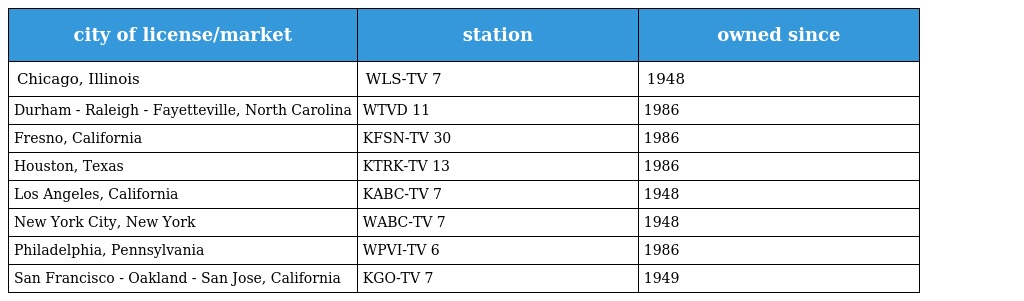
| city of license/market | station | owned since |
 | --- | --- | --- |
 | Chicago, Illinois | WLS-TV 7 | 1948 |
 | Durham - Raleigh - Fayetteville, North Carolina | WTVD 11 | 1986 |
 | Fresno, California | KFSN-TV 30 | 1986 |
 | Houston, Texas | KTRK-TV 13 | 1986 |
 | Los Angeles, California | KABC-TV 7 | 1948 |
 | New York City, New York | WABC-TV 7 | 1948 |
 | Philadelphia, Pennsylvania | WPVI-TV 6 | 1986 |
 | San Francisco - Oakland - San Jose, California | KGO-TV 7 | 1949 |